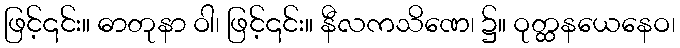
ဖြင့်၎င်း။ ဓာတုနာ ဝါ၊ ဖြင့်၎င်း။ နီလကသိဏေ၊ ၌။ ဝုတ္ထနယေနေဝ၊